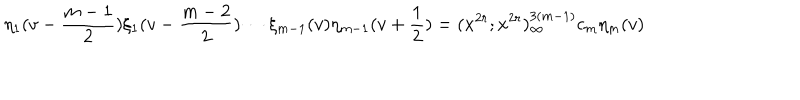
\eta _ { 1 } ( v - \frac { m - 1 } { 2 } ) \xi _ { 1 } ( v - \frac { m - 2 } { 2 } ) \cdots \xi _ { m - 1 } ( v ) \eta _ { m - 1 } ( v + \frac { 1 } { 2 } ) = ( x ^ { 2 r } ; x ^ { 2 r } ) _ { \infty } ^ { 3 ( m - 1 ) } c _ { m } \eta _ { m } ( v )